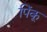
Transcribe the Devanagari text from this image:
पिंकू